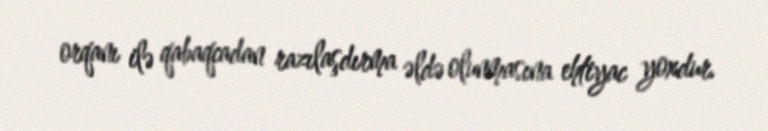
orqanı ilə qabaqcadan razılaşdırma əldə olunmasına ehtiyac yoxdur.